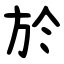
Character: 於